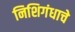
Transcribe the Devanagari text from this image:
निशिगंधाचे